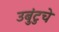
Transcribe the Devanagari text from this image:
उबुंटुचे